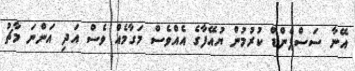
އޭނާ ސަސްޕެންޑް ކުރުމުން ޔުއޭފާގެ އެއްވެސް މަގާމެއް ވެސް އަދި އަންނަ މާޗު